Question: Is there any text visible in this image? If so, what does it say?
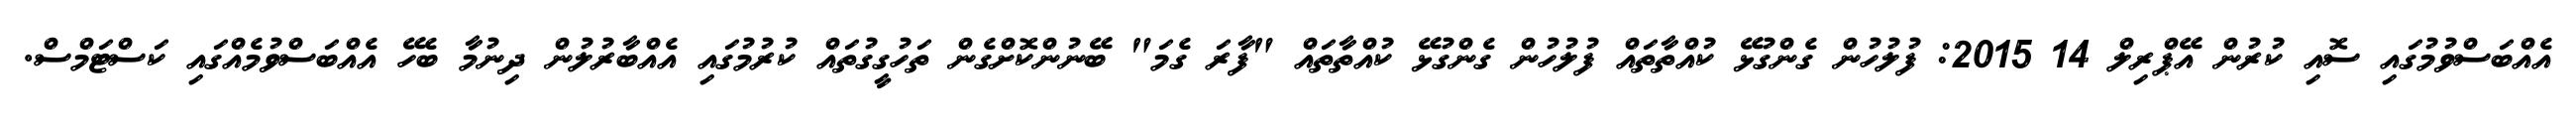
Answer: އެއްބަސްވުމުގައި ސޮއި ކުރުން އޭޕްރިލް 14 2015: ފުލުހުން ގެންގުޅޭ ކުއްތާތައް ފުލުހުން ގެންގުޅޭ ކުއްތާތައް "ފާރަ ގެމަ" ބޭނުންކޮށްގެން ތަހުގީގުތައް ކުރުމުގައި އެއްބާރުލުން ދިނުމާ ބެހޭ އެއްބަސްވުމެއްގައި ކަސްޓަމްސް.